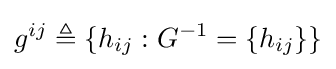
g^{ij}\triangleq \{h_{ij}:G^{-1}=\{h_{ij}\}\}